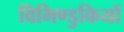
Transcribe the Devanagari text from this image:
विभिण्डुकियों